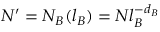
N ^ { \prime } = N _ { B } ( l _ { B } ) = N l _ { B } ^ { - d _ { B } }